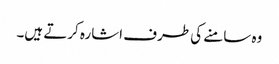
وہ سامنے کی طرف اشارہ کرتے ہیں۔